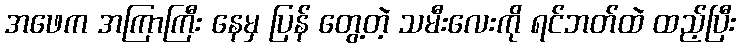
အဖေက အကြာကြီး နေမှ ပြန် တွေ့တဲ့ သမီးလေးကို ရင်ဘတ်ထဲ ထည့်ပြီး